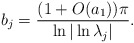
\begin{align*}b_{j}=\frac{(1+O(a_{1}))\pi}{\ln |\ln \lambda_{j}|} .\end{align*}